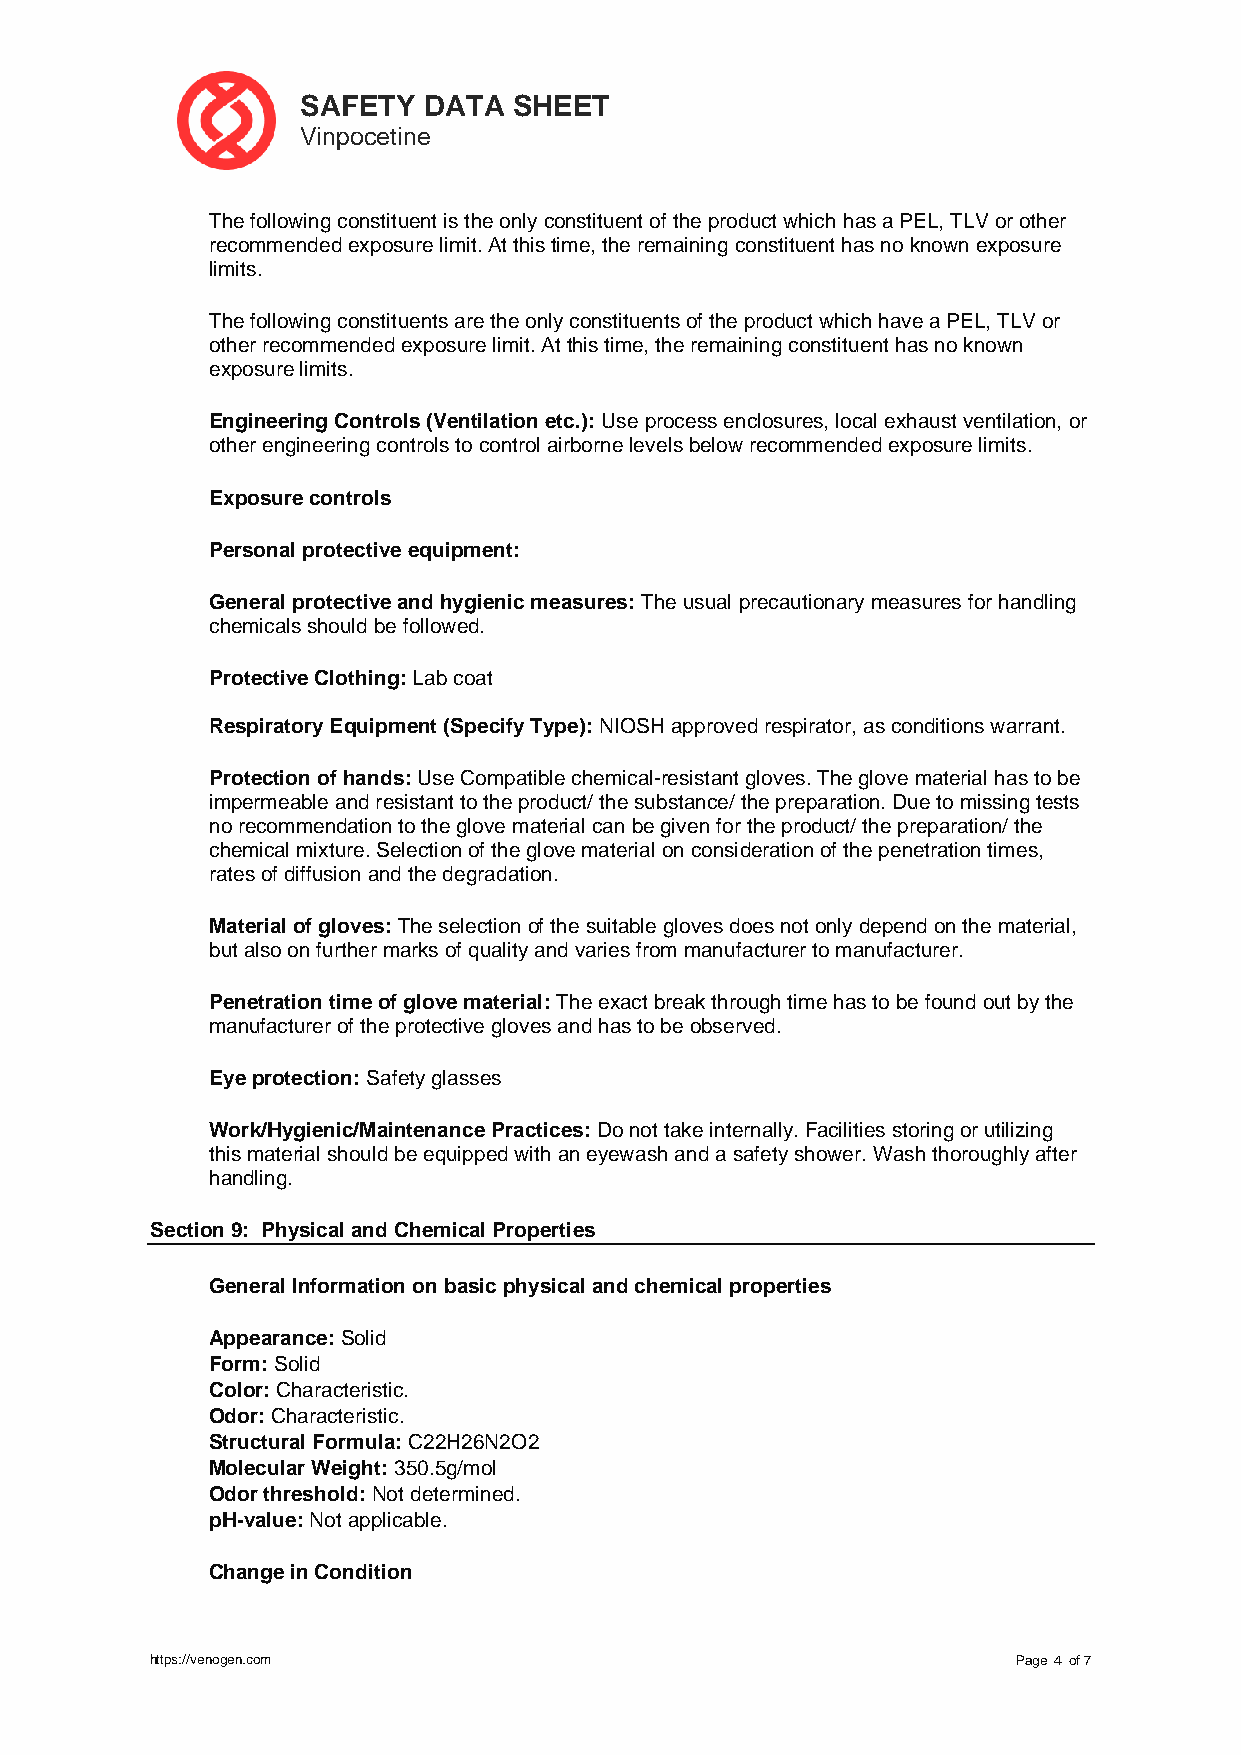
SAFETY  DATA  SHEET
 Vinpocetine
 The following constituent is the only constituent of the product which has a PEL, TLV or other
 recommended exposure limit. At this time, the remaining constituent has no known exposure
 limits.
 The following constituents are the only constituents of the product which have a PEL, TLV or
 other recommended exposure limit. At this time, the remaining constituent has no known
 exposure limits.
 Engineering Controls (Ventilation etc.): Use process enclosures, local exhaust ventilation, or
 other engineering controls to control airborne levels below recommended exposure limits.
 Exposure controls
 Personal protective equipment:
 General protective and hygienic measures: The usual precautionary measures for handling
 chemicals should be followed.
 Protective Clothing: Lab coat
 Respiratory Equipment (Specify Type): NIOSH approved respirator, as conditions warrant.
 Protection of hands: Use Compatible chemical-resistant gloves. The glove material has to be
 impermeable and resistant to the product/ the substance/ the preparation. Due to missing tests
 no recommendation to the glove material can be given for the product/ the preparation/ the
 chemical mixture. Selection of the glove material on consideration of the penetration times,
 rates of diffusion and the degradation.
 Material of gloves: The selection of the suitable gloves does not only depend on the material,
 but also on further marks of quality and varies from manufacturer to manufacturer.
 Penetration time of glove material: The exact break through time has to be found out by the
 manufacturer of the protective gloves and has to be observed.
 Eye protection: Safety glasses
 Work/Hygienic/Maintenance Practices: Do not take internally. Facilities storing or utilizing
 this material should be equipped with an eyewash and a safety shower. Wash thoroughly after
 handling.
 Section 9: Physical and Chemical Properties
 General Information on basic physical and chemical properties
 Appearance: Solid
 Form: Solid
 Color: Characteristic.
 Odor: Characteristic.
 Structural Formula: C22H26N2O2
 Molecular Weight: 350.5g/mol
 Odor threshold: Not determined.
 pH-value: Not applicable.
 Change in Condition
 https://venogen.com                                      Page ４ of 7